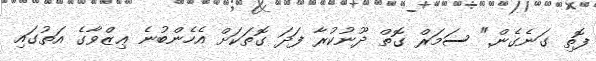
ފޮތި ގަނެގެން